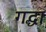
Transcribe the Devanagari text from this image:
गद्धा